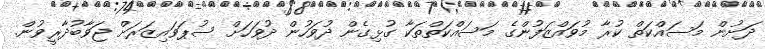
ދަށުން މަސައްކަތް ކުރާ މުވައްޒަފުންގެ މަސައްކަތްތަކާ ގުޅިގެން ދުވަހުން ދުވަހަށް ސުޕަވައިޒަރަށް ޖަވާބުދާރީވުން.